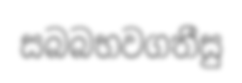
සබබභවගතීසු